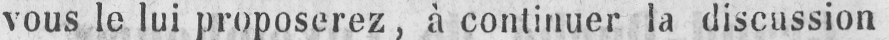
vous le lui proposerez, à continuer la discussion